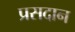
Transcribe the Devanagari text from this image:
प्रसदान